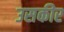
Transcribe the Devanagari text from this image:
उसकीर